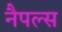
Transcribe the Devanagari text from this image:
नैपल्स